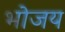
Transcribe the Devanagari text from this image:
भोजय